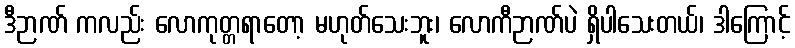
ဒီဉာဏ် ကလည်း လောကုတ္တရာတော့ မဟုတ်သေးဘူး၊ လောကီဉာဏ်ပဲ ရှိပါသေးတယ်၊ ဒါကြောင့်